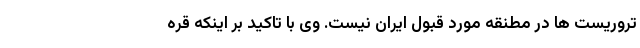
تروریست ها در مطنقه مورد قبول ایران نیست. وی با تاکید بر اینکه قره